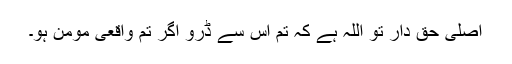
اصلی حق دار تو اللہ ہے کہ تم اس سے ڈرو اگر تم واقعی مومن ہو۔